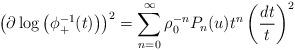
LaTeX: \begin{gather*}\big(\partial \log\big(\phi_+^{-1}(t)\big)\big)^2=\sum\limits_{n=0}^{\infty} \rho_0^{-n}P_{n}(u)t^{n}\left(\frac{dt}{t}\right)^2\end{gather*}